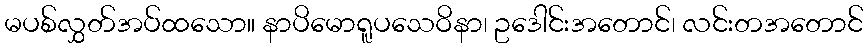
မပစ်လွှတ်အပ်ထသော။ နာပိမောရူပသေဝိနာ၊ ဥဒေါင်းအတောင်၊ လင်းတအတောင်